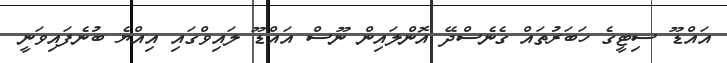
އައްޑޫ ސިޓީގެ ހަބަރުތައް ގެނެސްދޭ އޮންލައިން ނޫސް އައްޑޫ ލައިވްގައި އިއްޔެ ބުނެފައިވަނީ